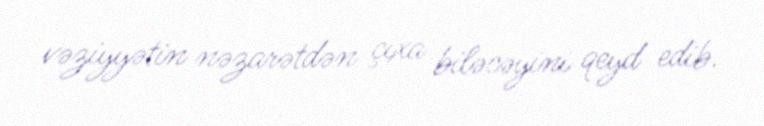
vəziyyətin nəzarətdən çıxa biləcəyini qeyd edib.